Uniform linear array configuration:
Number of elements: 4
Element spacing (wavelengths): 1
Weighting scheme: binomial
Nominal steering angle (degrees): -60
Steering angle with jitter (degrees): -60.436
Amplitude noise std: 0.05
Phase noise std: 0.05

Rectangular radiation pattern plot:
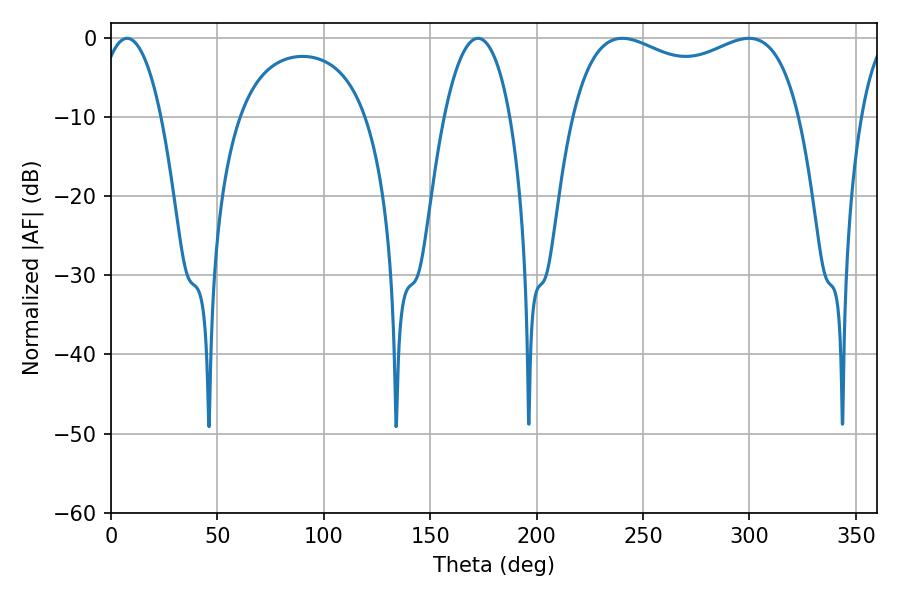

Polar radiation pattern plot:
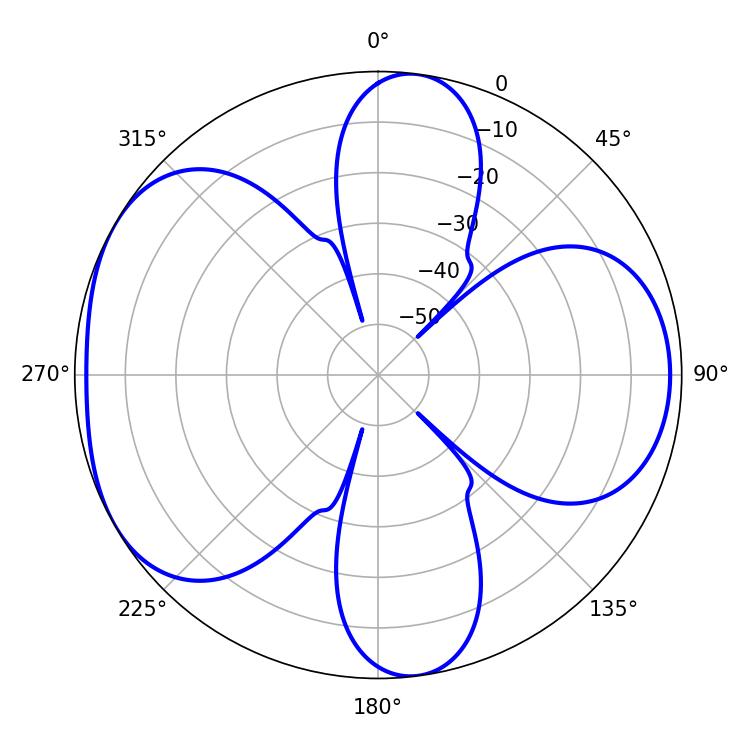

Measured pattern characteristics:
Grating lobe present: TRUE
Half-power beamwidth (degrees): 16.38
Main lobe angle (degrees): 7.56